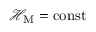
\mathcal { H } _ { \mathrm { M } } = \mathrm { c o n s t } { }